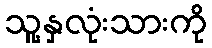
သူ့နှလုံးသားကို